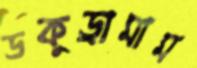
ডকুড্রামাম